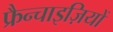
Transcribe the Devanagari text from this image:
फ्रैन्चाइज़ियों